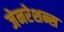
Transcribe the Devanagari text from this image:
जेनरेशन्स